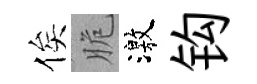
俟脆激钩